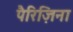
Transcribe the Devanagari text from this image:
पैरिज़िना